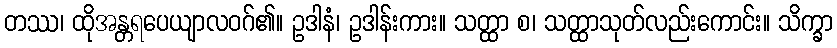
တဿ၊ ထိုအန္တရပေယျာလဝဂ်၏။ ဥဒါနံ၊ ဥဒါန်းကား။ သတ္ထာ စ၊ သတ္ထာသုတ်လည်းကောင်း။ သိက္ခာ